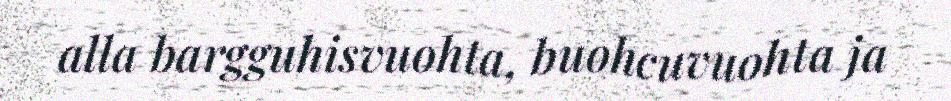
alla bargguhisvuohta, buohcuvuohta ja